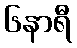
၆နာရီ